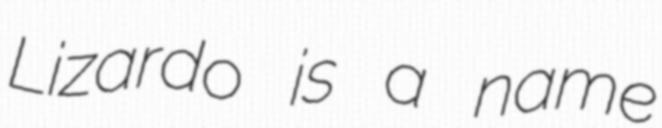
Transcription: Lizardo is a name